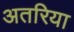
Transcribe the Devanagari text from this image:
अतरिया